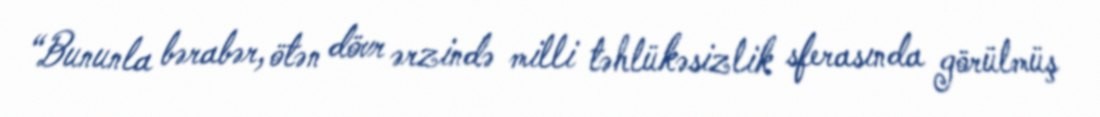
“Bununla bərabər, ötən dövr ərzində milli təhlükəsizlik sferasında görülmüş